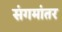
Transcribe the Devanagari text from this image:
संगमांतर